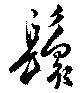
鬟